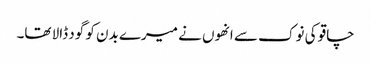
چاقو کی نوک سے انھوں نے میرے بدن کو گود ڈالا تھا۔